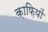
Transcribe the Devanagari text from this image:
क़ाफ़ियों